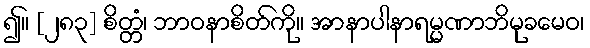
၍။ [၂၈၃] စိတ္တံ၊ ဘာဝနာစိတ်ကို။ အာနာပါနာရမ္မဏာဘိမုခမေဝ၊